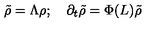
\tilde { \rho } = \Lambda \rho ; \quad \partial _ { t } \tilde { \rho } = \Phi ( L ) \tilde { \rho }